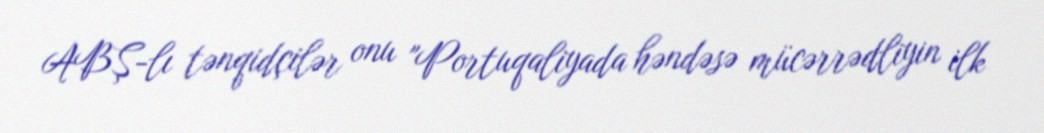
ABŞ-lı tənqidçilər onu "Portuqaliyada həndəsə mücərrədliyin ilk